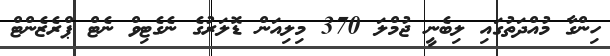
ހިންގާ މުއްދަތުގައި ލިބެނީ ޖުމްލަ 370 މިލިއަން ޑޮލަރުގެ ނެގެޓިވް ނެޓް ޕްރެޒެންޓް